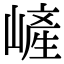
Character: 嵼